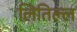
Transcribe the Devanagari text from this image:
लितिल्ल